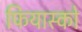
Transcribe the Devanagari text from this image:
फियास्को